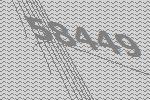
58449